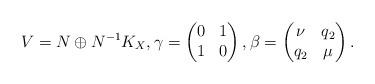
LaTeX: \begin{align*}V=N\oplus N^{-1}K_X,\gamma=\begin{pmatrix}0&1\\1&0\end{pmatrix},\beta=\begin{pmatrix}\nu&q_2\\q_2&\mu\end{pmatrix}.\end{align*}